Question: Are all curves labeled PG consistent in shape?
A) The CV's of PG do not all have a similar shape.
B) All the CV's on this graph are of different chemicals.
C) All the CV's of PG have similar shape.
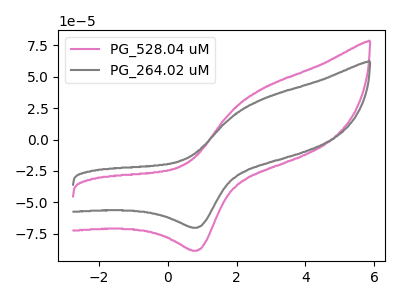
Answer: <think>The pink curve "PG_528.04 uM" has an anodic peak at (2.70V, 39.65uA) and a cathodic peak at (0.85V, -88.50uA). The gray curve "PG_264.02 uM" has an anodic peak at (2.70V, 31.45uA) and a cathodic peak at (0.85V, -70.20uA).
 All the peaks in "PG_528.04 uM" have a peak in "PG_264.02 uM" at the same potential. Every peak in "PG_528.04 uM" is higher than every peak in "PG_264.02 uM".</think>
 <answer>C) All the CV's of "PG" have similar shape.</answer>
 <eval>C</eval>